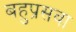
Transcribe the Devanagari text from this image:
बहुप्रसवा